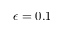
\epsilon = 0 . 1